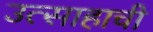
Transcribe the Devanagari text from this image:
उत्साहाची